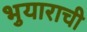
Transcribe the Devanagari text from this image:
भुयाराची